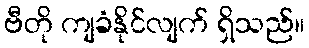
ဗီတို ကျခံနိုင်လျက် ရှိသည်။